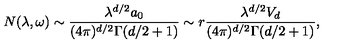
N ( \lambda , \omega ) \sim { \frac { \lambda ^ { d / 2 } a _ { 0 } } { ( 4 \pi ) ^ { d / 2 } \Gamma ( d / 2 + 1 ) } } \sim r { \frac { \lambda ^ { d / 2 } V _ { d } } { ( 4 \pi ) ^ { d / 2 } \Gamma ( d / 2 + 1 ) } } ,